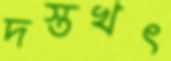
দস্তখৎ